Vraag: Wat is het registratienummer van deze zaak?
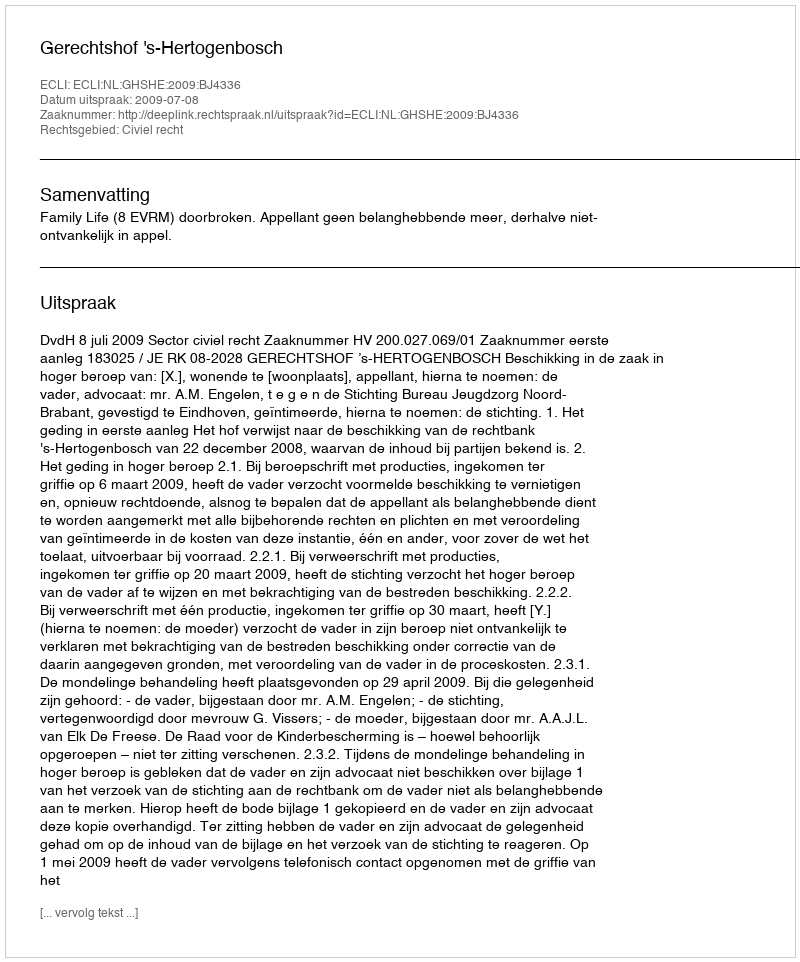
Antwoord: http://deeplink.rechtspraak.nl/uitspraak?id=ECLI:NL:GHSHE:2009:BJ4336